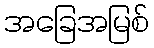
အခြေအမြစ်